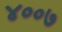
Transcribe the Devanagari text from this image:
४००७